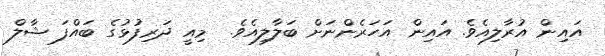
އައިން އުރާލިއެވެ. އައިން އަހަރެންނަށް ބަލާލިއެވެ.  މިއީ ދަރިފުޅުގެ ބައްފަ ޝާލް